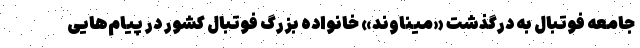
جامعه فوتبال به درگذشت «میناوند» خانواده بزرگ فوتبال کشور در پیام‌هایی